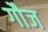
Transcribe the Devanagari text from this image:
गौज